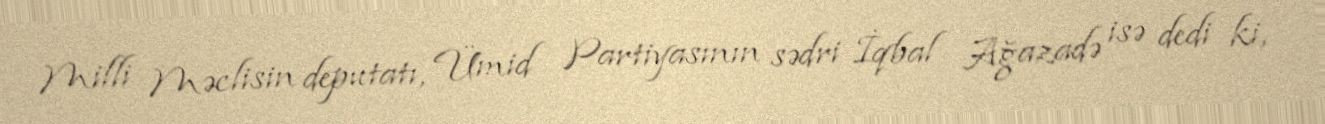
Milli Məclisin deputatı, Ümid Partiyasının sədri İqbal Ağazadə isə dedi ki,